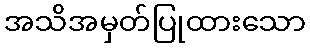
အသိအမှတ်ပြုထားသော